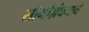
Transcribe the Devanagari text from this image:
सीमोल्लंघनाने